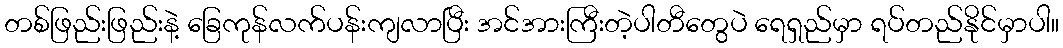
တစ်ဖြည်းဖြည်းနဲ့ ခြေကုန်လက်ပန်းကျလာပြီး အင်အားကြီးတဲ့ပါတီတွေပဲ ရေရှည်မှာ ရပ်တည်နိုင်မှာပါ။